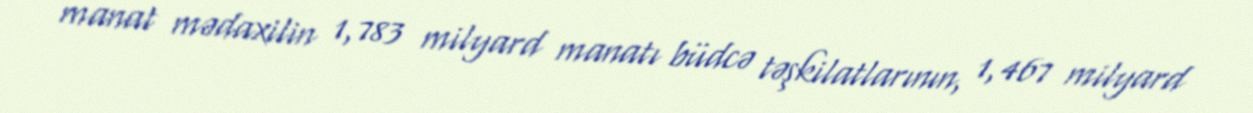
manat mədaxilin 1,783 milyard manatı büdcə təşkilatlarının, 1,467 milyard